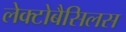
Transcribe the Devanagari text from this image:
लेक्टोबैसिलस